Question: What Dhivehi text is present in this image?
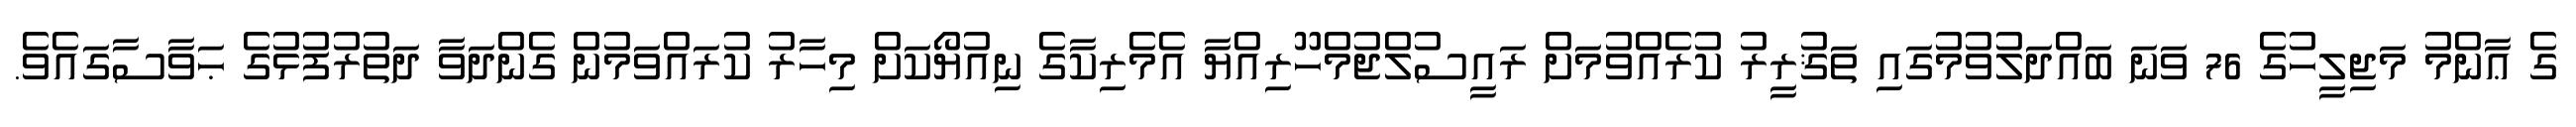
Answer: ގެ ޢާންމު މަޖިލީހުގެ 76 ވަނަ ބައްދަލުވުމުގައި ތަޤުރީރު ކުރެއްވުމަށް ރައީސުލްޖުމްހޫރިއްޔާ އެމެރިކާގެ ނިއުޔޯކަށް މިހާރު ކުރައްވަމުން ގެންދަވާ ދަތުރުފުޅުގެ ޙަވާސާގައެވެ.